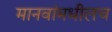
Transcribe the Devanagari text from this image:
मानवांमधीलच